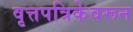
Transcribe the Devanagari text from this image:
वृत्तपत्रिकेवरून